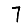
Digit: 7